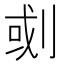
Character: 𠜻